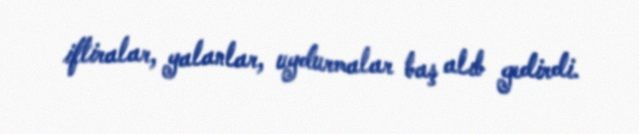
iftiralar, yalanlar, uydurmalar baş alıb gedirdi.